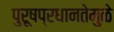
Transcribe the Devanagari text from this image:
पुरूषप्रधानतेमुळे